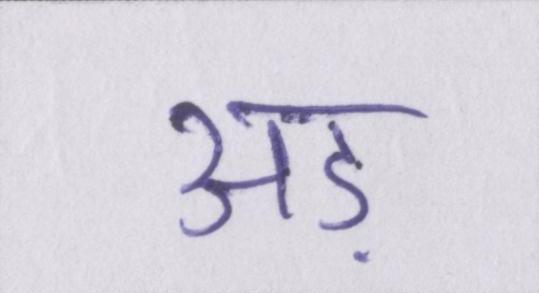
अड़